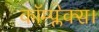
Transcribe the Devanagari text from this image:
कॉम्प्लेक्स।